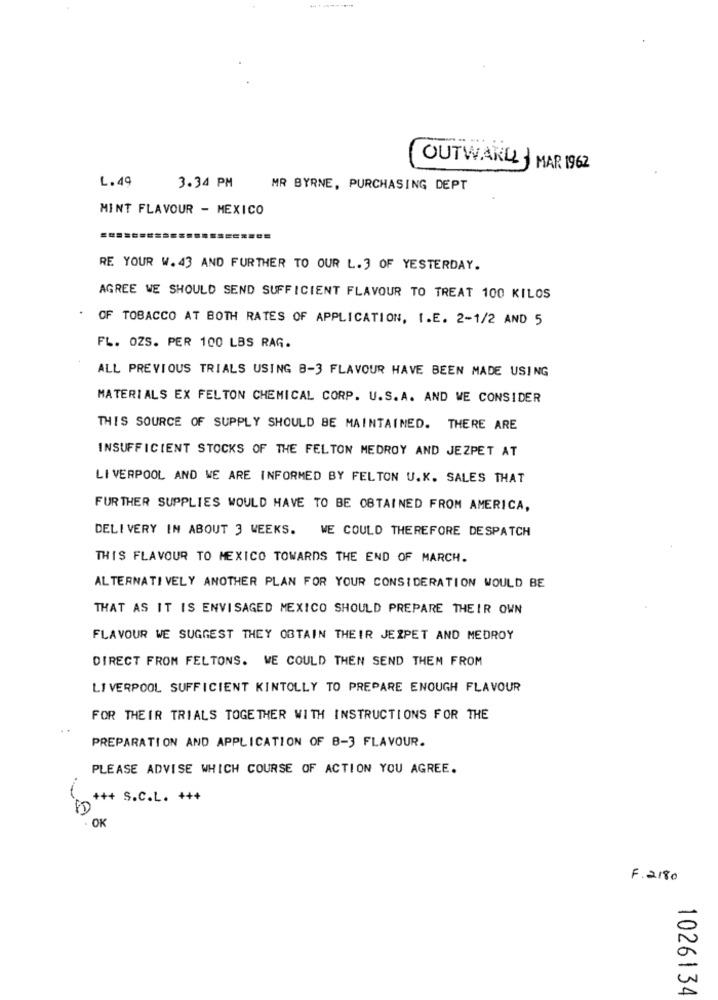
OUTWARLL MAR 1962
L. 49
3.34 PM
MR BYRNE, PURCHASING DEPT
MINT FLAVOUR - MEXICO
RE YOUR W. 43 AND FURTHER TO OUR L.3 OF YESTERDAY.
AGREE WE SHOULD SEND SUFFICIENT FLAVOUR TO TREAT 100 KILOS
OF TOBACCO AT BOTH RATES OF APPLICATION, I.E. 2-1/2 AND 5
FL. OZS. PER 100 LBS RAG.
ALL PREVIOUS TRIALS USING B-3 FLAVOUR HAVE BEEN MADE USING
MATERIALS EX FELTON CHEMICAL CORP. U.S.A. AND WE CONSIDER
THIS SOURCE OF SUPPLY SHOULD BE MAINTAINED. THERE ARE
INSUFFICIENT STOCKS OF THE FELTON MEDROY AND JEZPET AT
LIVERPOOL AND WE ARE INFORMED BY FELTON U.K. SALES THAT
FURTHER SUPPLIES WOULD HAVE TO BE OBTAINED FROM AMERICA,
DELIVERY IN ABOUT 3 WEEKS. WE COULD THEREFORE DESPATCH
THIS FLAVOUR TO MEXICO TOWARDS THE END OF MARCH.
ALTERNATI VELY ANOTHER PLAN FOR YOUR CONSIDERATION WOULD BE
THAT AS IT IS ENVISAGED MEXICO SHOULD PREPARE THEIR OWN
FLAVOUR WE SUGGEST THEY OBTAIN THEIR JEZPET AND MEDROY
DIRECT FROM FELTONS. WE COULD THEN SEND THEM FROM
LIVERPOOL SUFFICIENT KINTOLLY TO PREPARE ENOUGH FLAVOUR
FOR THEIR TRIALS TOGETHER WITH INSTRUCTIONS FOR THE
PREPARATION AND APPLICATION OF 8-3 FLAVOUR.
PLEASE ADVISE WHICH COURSE OF ACTION YOU AGREE.
+++ S.C.L. ***
80
. OK
F. 2180
1026134